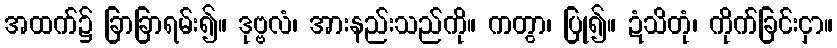
အထက်၌ ခြာခြာရမ်း၍။ ဒုဗ္ဗလံ၊ အားနည်းသည်ကို။ ကတွာ၊ ပြု၍။ ဍံသိတုံ၊ ကိုက်ခြင်းငှာ။